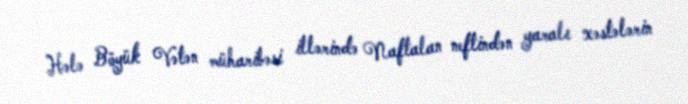
Hələ Böyük Vətən müharibəsi illərində Naftalan neftindən yaralı xəstələrin